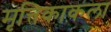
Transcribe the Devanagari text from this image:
मृत्तिकाकला